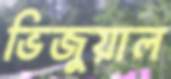
ভিজুয়াল